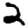
Digit: 2